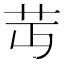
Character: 𦬛